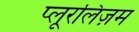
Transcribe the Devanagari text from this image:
प्लूरलिज़म